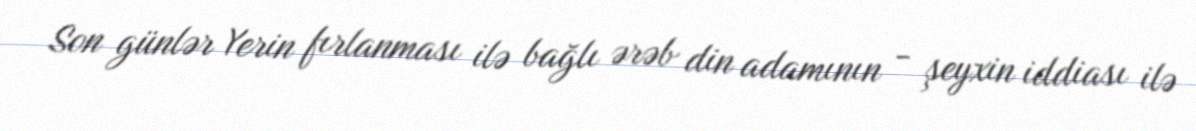
Son günlər Yerin fırlanması ilə bağlı ərəb din adamının - şeyxin iddiası ilə